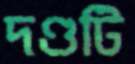
দণ্ডটি